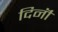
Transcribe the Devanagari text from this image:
दिनॊं